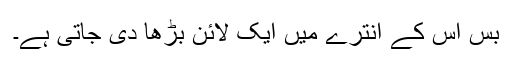
بس اس کے انترے میں ایک لائن بڑھا دی جاتی ہے۔